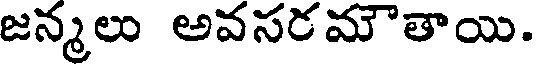
జన్మలు అవసరమౌతాయి.